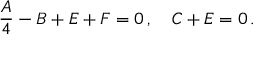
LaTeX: \frac { A } { 4 } - B + E + F = 0 \, , \quad C + E = 0 \, .